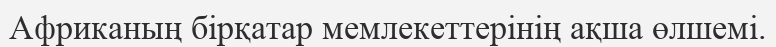
Африканың бірқатар мемлекеттерінің ақша өлшемі.